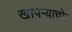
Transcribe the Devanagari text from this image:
खापर्‍याचोर